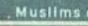
muslims